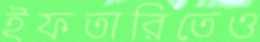
ইফতারিতেও